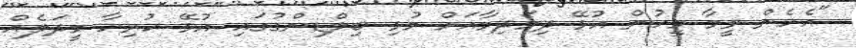
"އެހެން ވީމާ މީހުން އުޅޭ ދިމަދިމާއަށް މުޅި ބިލްޑިންގުގައި އުޅޭ ހުރިހާ މީދަލެއް